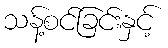
သန့်စင်ခြင်းနှင့်